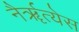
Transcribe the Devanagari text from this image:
नैर्ॠत्येस